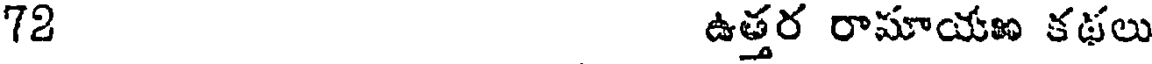
72 ఉత్తర రామాయణ కథలు